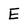
Character: E